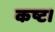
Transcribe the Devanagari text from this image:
कष्ट।